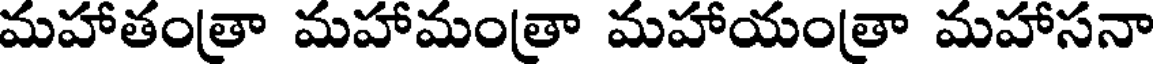
మహాతంత్రా మహామంత్రా మహాయంత్రా మహాసనా